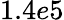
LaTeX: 1.4e5